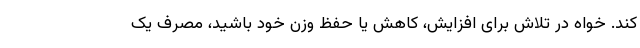
کند. خواه در تلاش برای افزایش، کاهش یا حفظ وزن خود باشید، مصرف یک